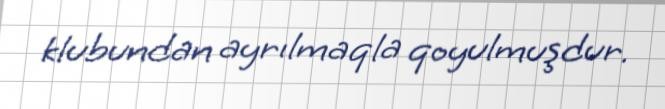
klubundan ayrılmaqla qoyulmuşdur.